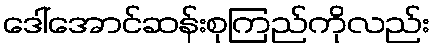
ဒေါ်အောင်ဆန်းစုကြည်ကိုလည်း